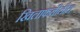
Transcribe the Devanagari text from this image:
खिलाफतीतील